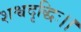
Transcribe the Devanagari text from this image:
शश्वदृद्धिः।।